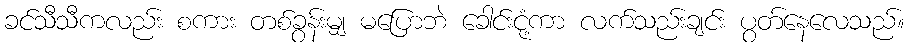
ခင်သီသီကလည်း စကား တစ်ခွန်းမျှ မပြောဘဲ ခေါင်းငုံ့ကာ လက်သည်းချင်း ပွတ်နေလေသည်။